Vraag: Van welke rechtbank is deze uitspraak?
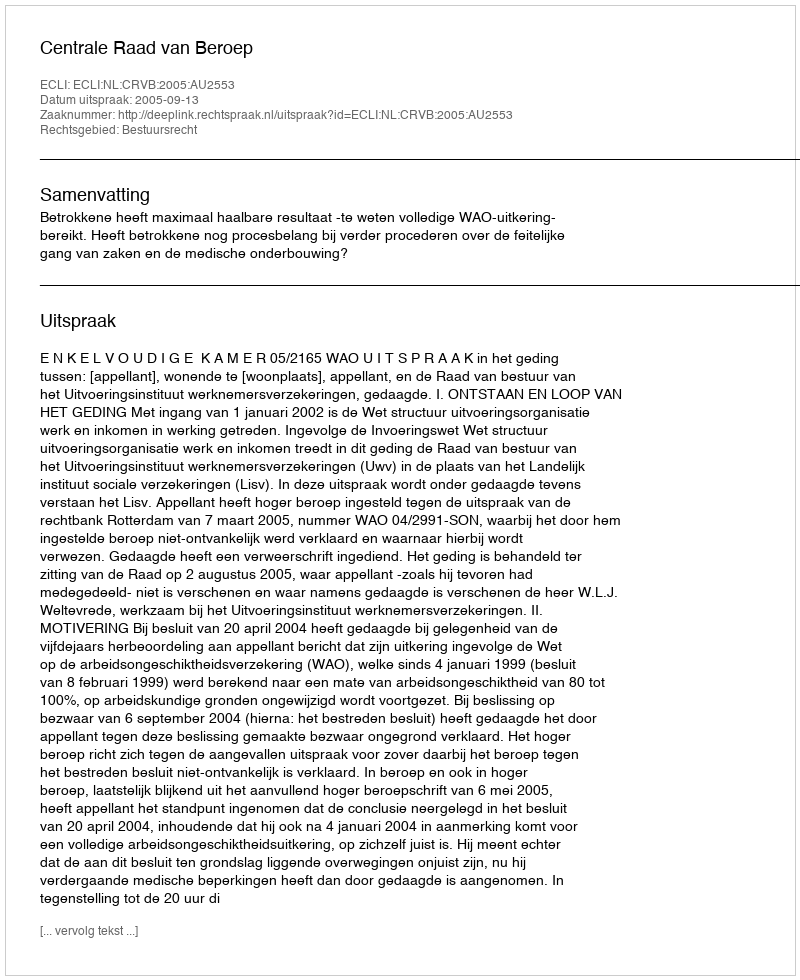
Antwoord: Centrale Raad van Beroep